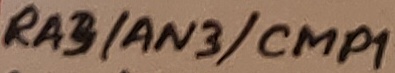
Text: RA3/AN3/CMP1